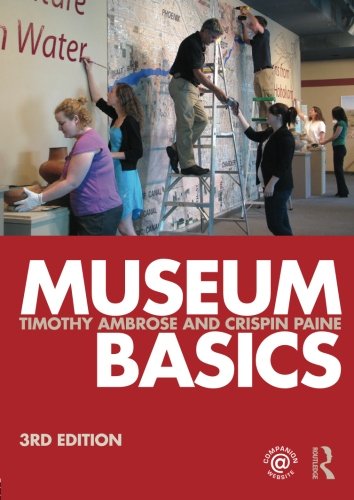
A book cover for Museum Basics (Heritage: Care-Preservation-Management); Timothy Ambrose; Science & Math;